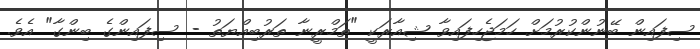
ސިފައިން ބޭނުންކުރުމަށް ހަމަޖެހިފައިވާ ޝިއާރަކީ "ތަމްރީނާ ތަރުބިއްޔަތު - ސިފައިންގެ ބިންގާ" އެވެ.